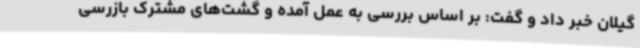
گیلان خبر داد و گفت: بر اساس بررسی به عمل آمده و گشت‌های مشترک بازرسی